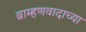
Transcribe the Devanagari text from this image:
ब्राम्हणवादाच्या